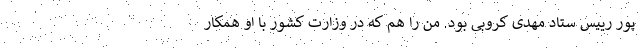
پور رییس ستاد مهدی کروبی بود. من را هم که در وزارت کشور با او همکار